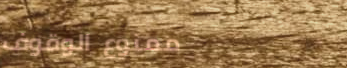
ممنوع الوقوف